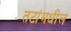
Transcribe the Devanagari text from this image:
तटांमधील